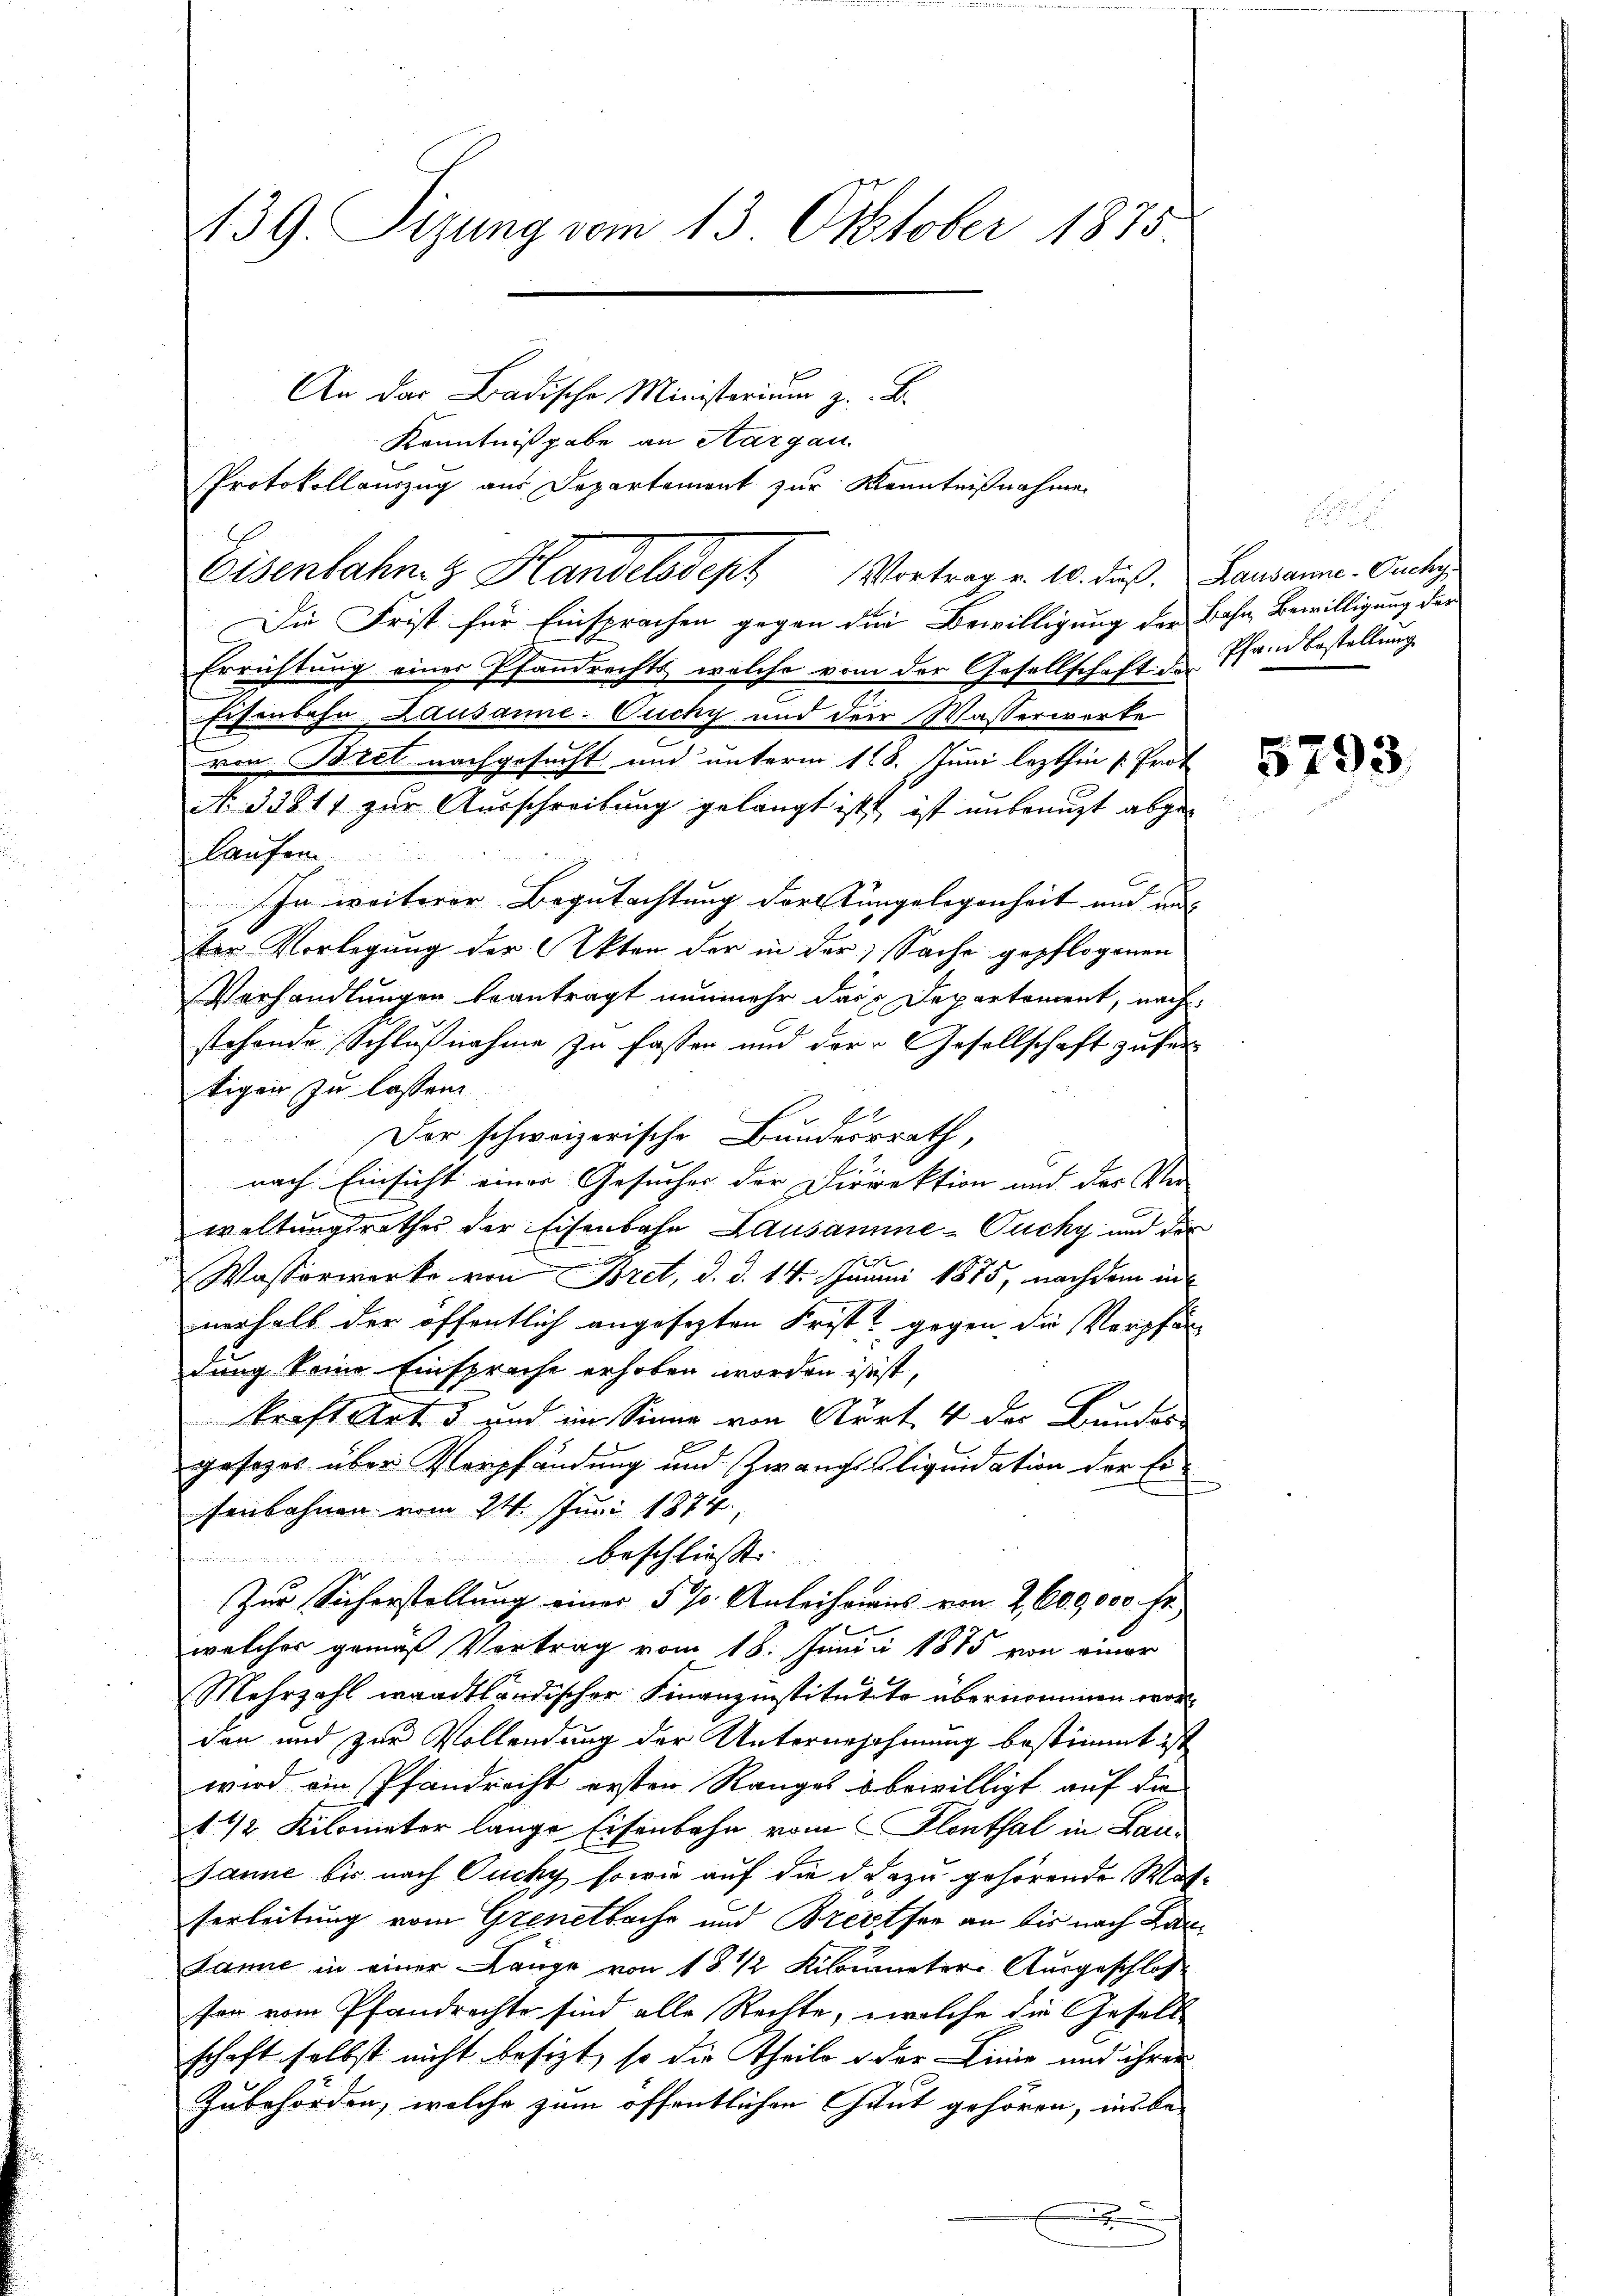
139. Sizung vom 13. Oktober 1875.

PProtokollauszug aus Departement zur Kenntnißnahme
Die Frist für Einsprachen gegen die Bewilligung der Bahn Bewilligung der
Errichtung einer Pfandrechts welche vom der Gesellschaft & Pfandbestellung
Eisenbahn Lausanne-Cuchy und der Wasserwerke
von Bret nachgesucht und unterm 18. Juni lezthin 1. Prot
N. 338. 11 zur Ausschreibung gelangt ist, ist unbenuzt abgelaufen
In weiterer Begutachtung der Tungelegenheit und nur |
ter Vorlegung der Akten der in der Sache gepflogenen
Verhandlungen beantragt nunmehr das Departement, nach
stehende Schlußnahme zu fassen und der Gesellschaft zufer
tigen zu lassen
N 2
Der schweizerische Bundesrath,
.
nach Einsicht einer Gesucher der Dirirektion und der Ver-
weltungsrathes der Eisenbahn Lausamme-Pucky und der
Wasserwerke von Bret, d. d. 14. Junii 1875, nachdem in
nerhalb der öffentlich angesezten Frist gegen die Verpfän
dung keine Einsprache erhoben worden ist ist,
kraft Art 5 und im Sinne von Stürt 4 des Bundes
gesezet über Verpfändung und Zwangs Cliquidation der Eisenbahnen vom 24. Juni 1874.
beschliess. |
Zur Sicherstellung einer § 70. Anleihens von 2 600,000 Fr.
welches gemäß Vertrag vom 18. Junii 1885 von einer
Mehrzahl waadtländischer Finanzinstitutite übernommen worden und zur Vollendung der Unternehehmung bestimmt ist
wird ein Pfandrecht ersten Ranges bewilligt auf die
1 1/2 Kilometer lange Eisenbahn vom Flenthal in Lau¬
Janne bis nach Puchy sowie auf die dazu gehörende Watferleitung vom Grenetbache und Breither an bis nach Lan¬
Janne in einer Länge von 18 1/2 Kilometer Ausgeschlosse
son vom Pfandrechte sind alle Rechte, welche die Gesell
schaft selbst nicht besizt, so die Theile o der Linie und ihrer
Zubehörden, welche zum öffentlichen Gaut gehören, insbe-

An das Badische Ministerium z. B.
Kenntnißgabe an Aargau

Eisenbahn & Handelsdept Vortrag v. 10. daß. Hausanne. Ouchy

5793.